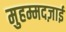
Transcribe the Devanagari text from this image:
मुहम्मदज़ाई